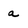
Character: a